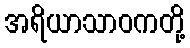
အရိယာသာဝကတို့